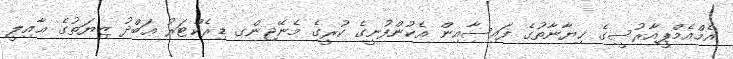
އެމްއެމްޕީއާރުސީގެ ޚިޔާނާތުގެ ފައިސާއިން އެކުންފުނީގެ ކުރީގެ މެނޭޖިންގ ޑިރެކްޓަރު ޢަބްދު ޒިޔަތުގެ ޢާއިލީ